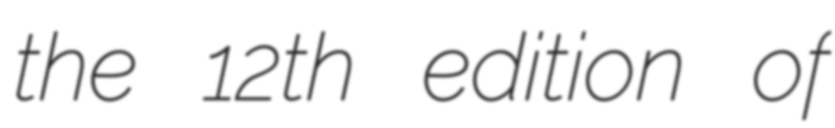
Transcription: the 12th edition of